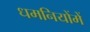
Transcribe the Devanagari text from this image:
धमनियोंमें